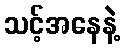
သင့်အနေနဲ့